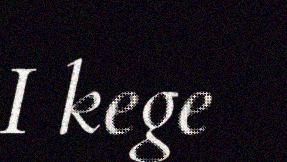
I kege